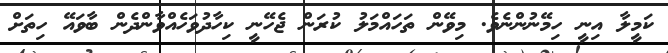
ކަމީލާ އިނީ ހިމޭނުންނެވެ. މިވޭން ތަހައްމަލު ކުރަން ޖެހޭނީ ކިހާދުވަހެއްވާންދެން ބާވައޭ ހިތަށް